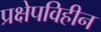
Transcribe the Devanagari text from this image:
प्रक्षेपविहीन